Insane asylums in Bengal annual reports 1867-1875 - 1867-1875
Year: 1867
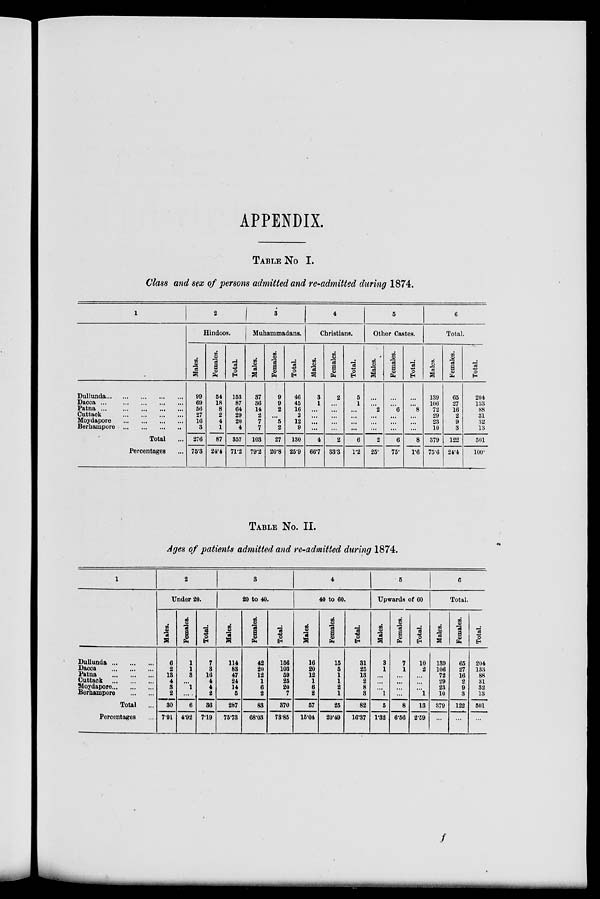
APPENDIX.
TABLE No I.
Class and sex of persons admitted and re-admitted during 1874.
1
Dullunda
...
...
...
...
...
Dacca
...
...
...
...
...
Patna
...
...
...
...
...
Cuttack
...
...
...
...
...
Moydapore ... ... ... ... ...
Berhampore ... ... ... ... ...
Total ...
Percentages ...
2
Hindoos.
Males.
99
69
56
27
16
3
276
75.3
Females.
54
18
8
2
4
1
87
24.4
Total.
153
87
64
29
20
4
357
71.2
3
Muhammadans.
Males.
37
36
14
2
7
7
103
79.2
Females.
9
9
2
...
5
2
27
20.8
Total.
46
45
16
2
12
9
130
25.9
4
Christians.
Males.
3
1
...
...
...
...
4
66.7
Females.
2
...
...
...
...
...
2
33.3
Total.
5
1
...
...
...
...
6
1.2
5
Other Castes.
Males.
...
...
2
...
...
...
2
25.
Females.
...
...
6
...
...
...
6
75.
Total.
...
...
8
...
...
...
8
1.6
6
Total.
Males.
139
106
72
29
23
10
379
75.6
Females.
65
27
16
2
9
3
122
24.4
Total.
204
133
88
31
32
13
501
100.
TABLE No. II.
Ages of patients admitted and re-admitted during 1874.
1
Dullunda ... ... ...
Dacca ... ... ...
Patna ... ... ...
Cuttack
...
...
...
Moydapore...
...
...
Berhampore
...
...
Total ...
Percentages ...
2
Under 20.
Males.
6
2
13
4
3
2
30
7.91
Females.
1
1
3
...
1
...
6
4.92
Total.
7
3
16
4
4
2
36
7.19
3
20 to 40.
Males.
114
83
47
24
14
5
287
75.73
Females.
42
20
12
1
6
2
83
68.03
Total.
156
103
59
25
20
7
370
73.85
4
40 to 60.
Males.
16
20
12
1
6
2
57
15.04
Females.
15
5
1
1
2
1
25
20.49
Total.
31
25
13
2
8
8
82
16.37
5
Upwards of 60
Males.
3
1
...
...
...
1
5
1.32
Females.
7
1
...
...
...
...
8
6.56
Total.
10
2
...
...
...
1
13
2.59
6
Total.
Males.
139
106
72
29
23
10
379
...
Females.
65
27
16
2
9
3
122
...
Total.
204
133
88
31
32
13
501
...
f